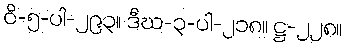
ဝိ-၅-ပါ-၂၉၃။ ဒီဃ-၃-ပါ-၂၁၈။ ဋ္ဌ-၂၂၈။